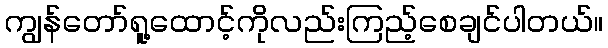
ကျွန်တော်ရူ့ထောင့်ကိုလည်းကြည့်စေချင်ပါတယ်။